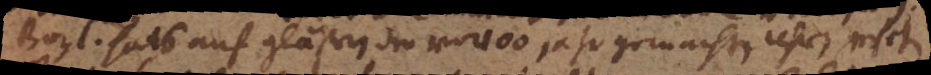
Boyl. hats auf gläsern der vor 100 jahr gemachten uhren gesehen.